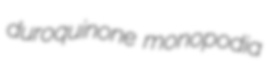
duroquinone monopodia